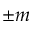
\pm m